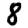
Digit: 8